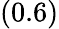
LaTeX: (0.6)